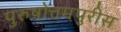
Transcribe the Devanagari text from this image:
पुरुषोत्तमपुरीस